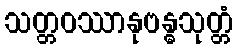
သတ္တဝဿာနုဗန္ဓသုတ္တံ